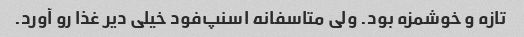
تازه و خوشمزه بود. ولی متاسفانه اسنپ‌فود خیلی دیر غذا رو آورد.